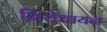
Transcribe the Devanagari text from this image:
निरोधायन